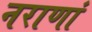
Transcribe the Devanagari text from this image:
नराणां